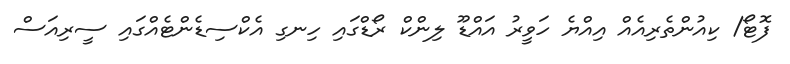
ފޮޓޯ/ ކިއުންތެރިއެއް އިއްޔެ ހަވީރު އައްޑޫ ލިންކް ރޯޑްގައި ހިނގި އެކްސިޑެންޓެއްގައި ސީރިއަސް